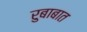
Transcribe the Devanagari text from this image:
रुबाबात